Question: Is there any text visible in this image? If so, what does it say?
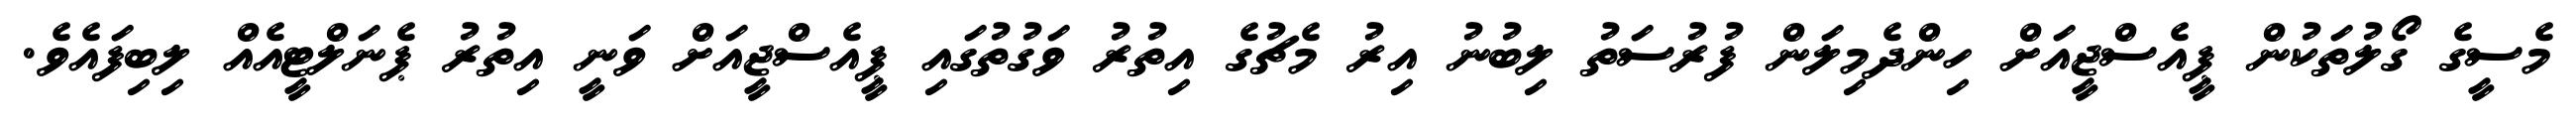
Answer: މެސީގެ ގޯލުތަކުން ޕީއެސްޖީއަށް ހިންދެމިލަން ފުރުސަތު ލިބުނު އިރު މެޗުގެ އިތުރު ވަގުތުގައި ޕީއެސްޖީއަށް ވަނީ އިތުރު ޕެނަލްޓީއެއް ލިބިފައެވެ.